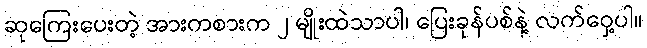
ဆုကြေးပေးတဲ့ အားကစားက ၂ မျိုးထဲသာပါ၊ ပြေးခုန်ပစ်နဲ့ လက်ဝှေ့ပါ။